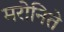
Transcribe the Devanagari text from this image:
मरोनिते